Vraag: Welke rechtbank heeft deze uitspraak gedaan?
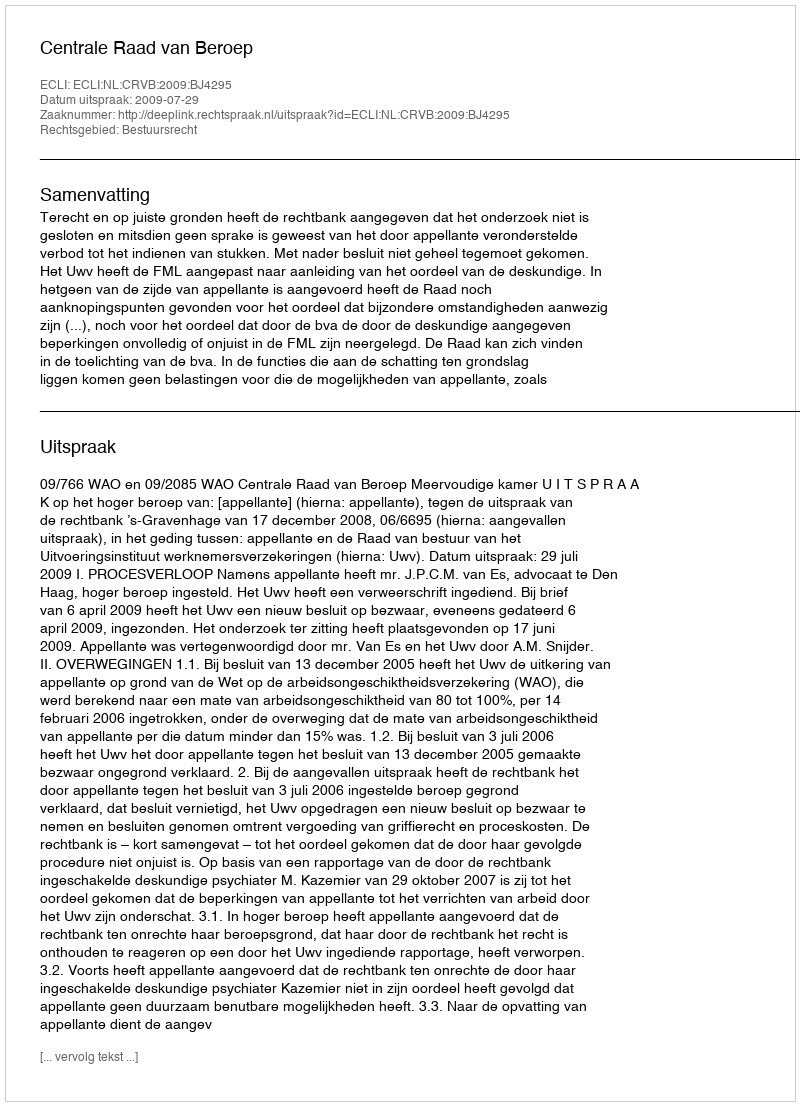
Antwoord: Centrale Raad van Beroep